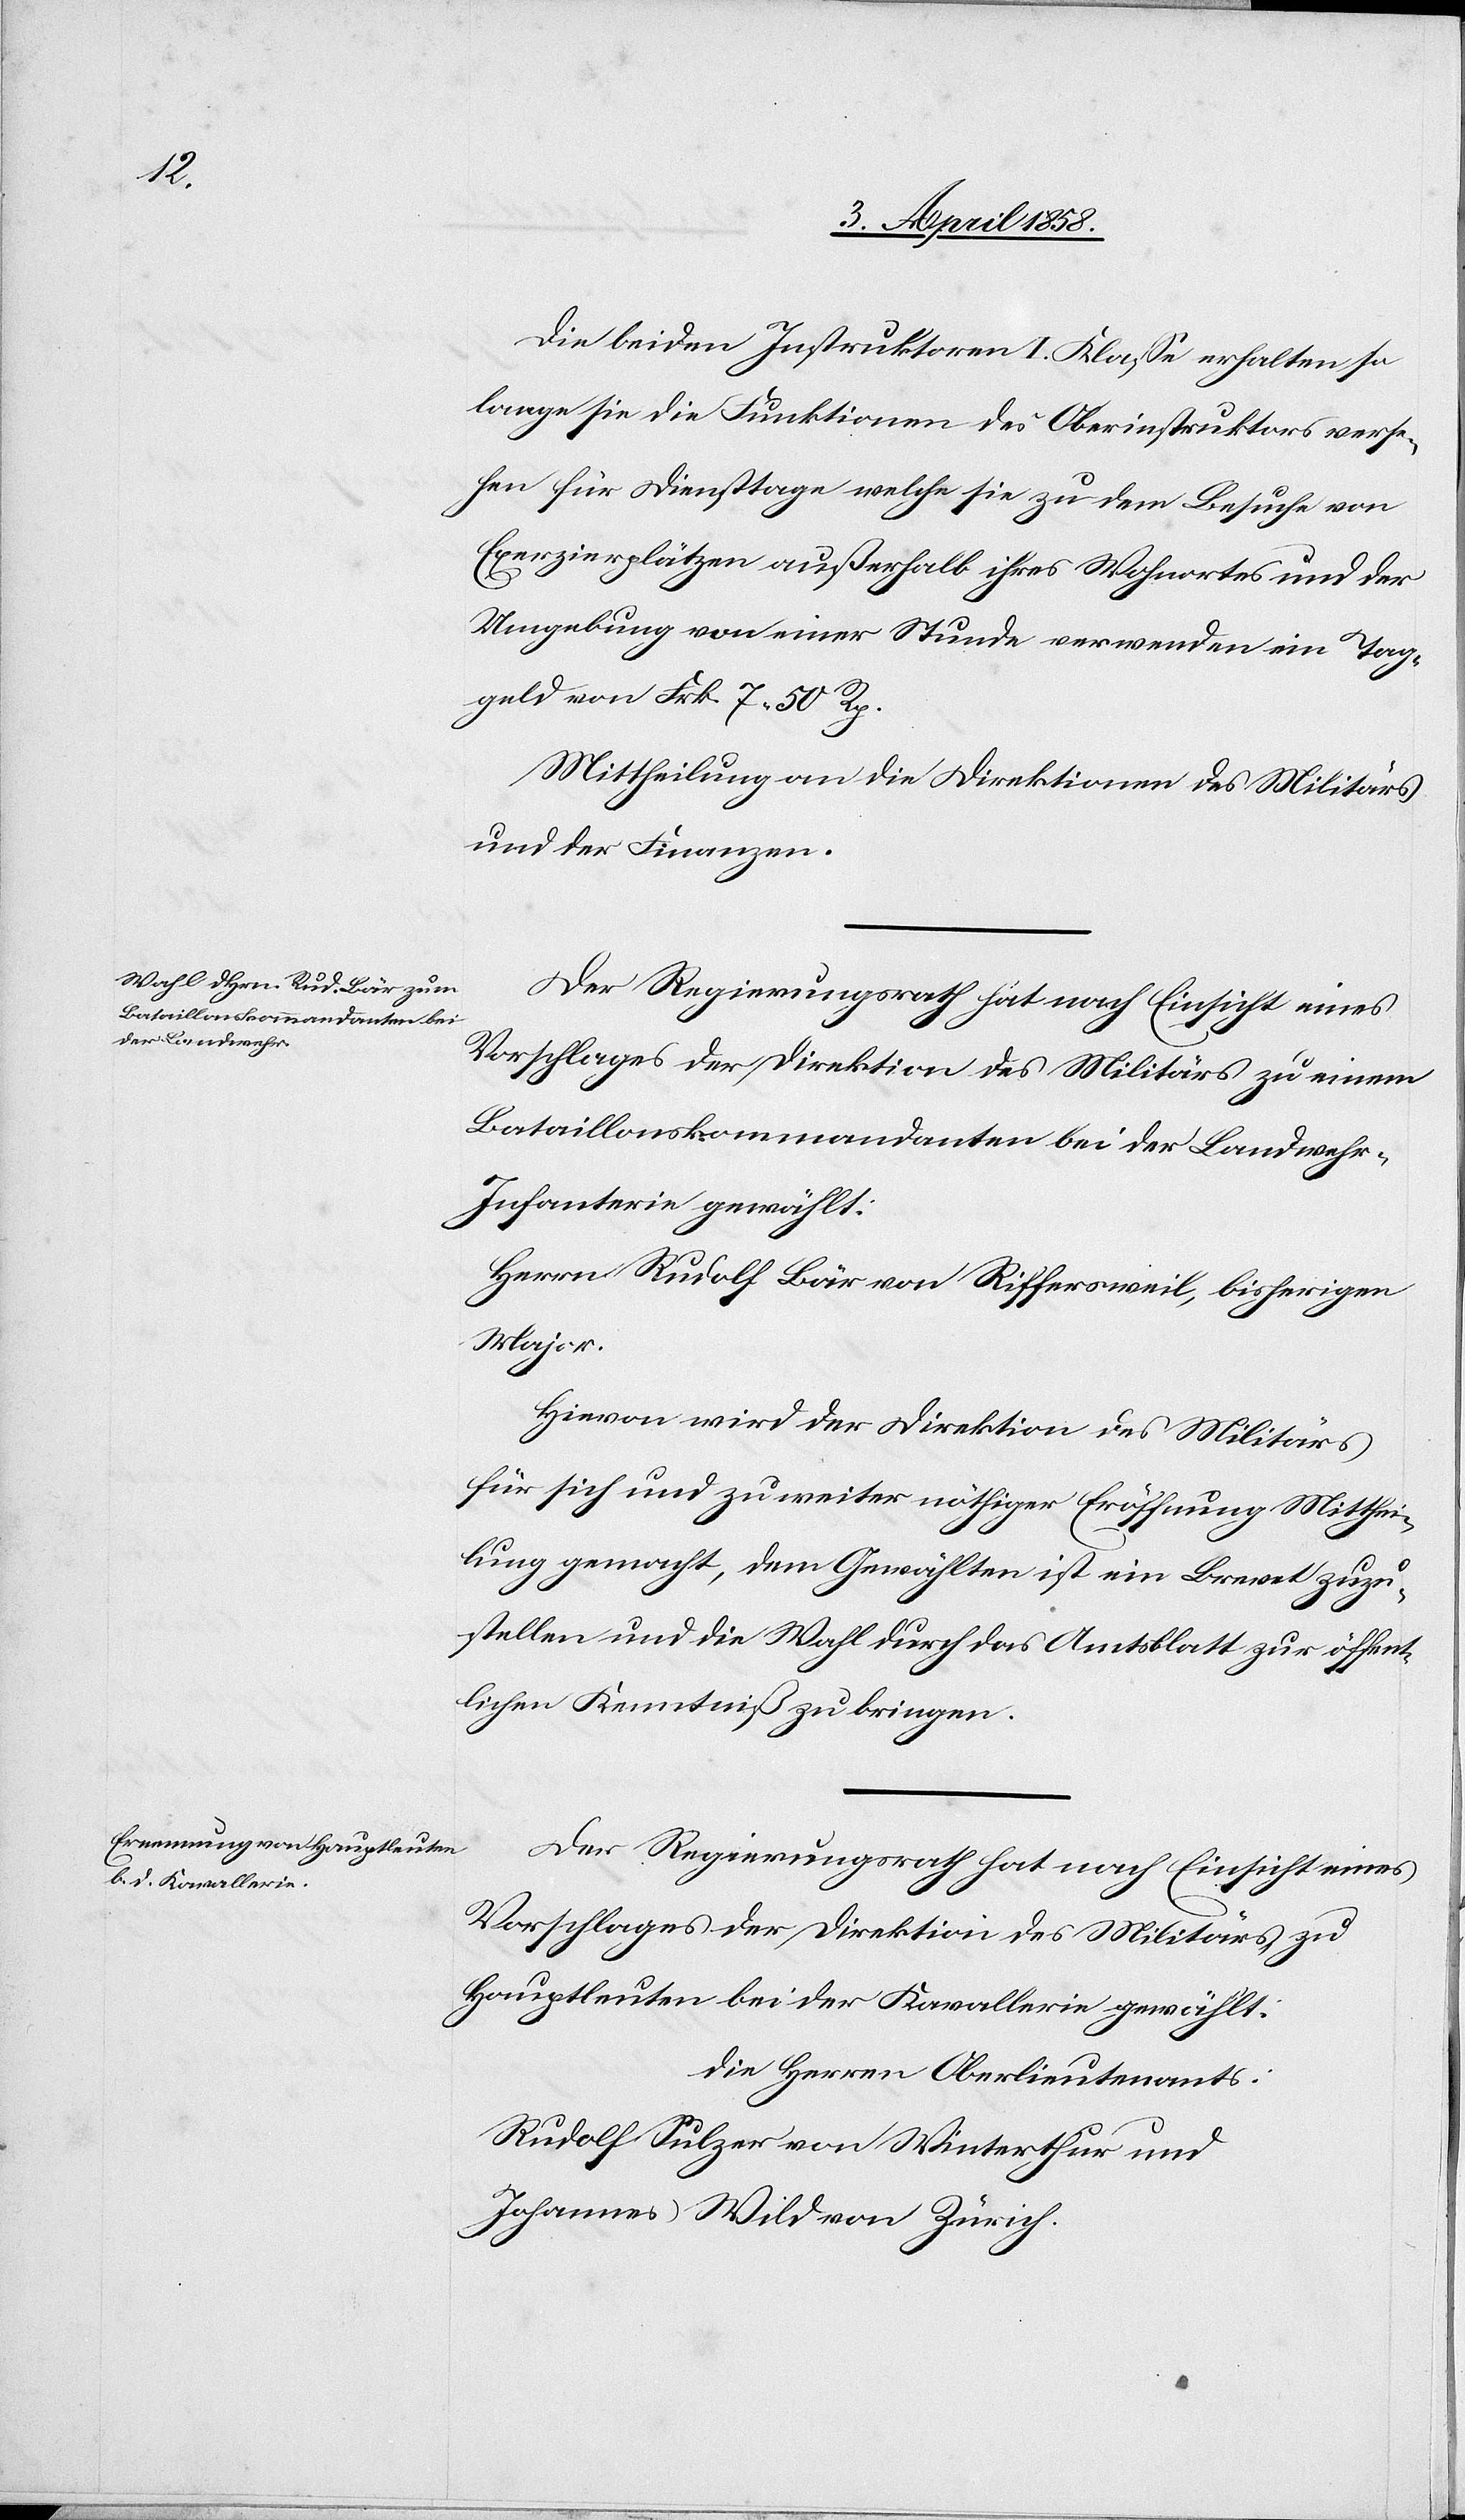
Die beiden Instruktoren I. Klasse erhalten so
lange sie die Funktionen des Oberinstruktors verse¬
hen für Diensttage welche sie zu dem Besuche von
Exerzierplätzen außerhalb ihres Wohnortes und der
Umgebung von einer Stunde verwenden ein Tag¬
geld von Frk. 7 50 Rp.
Mittheilung an die Direktionen des Militärs.
Der Regierungsrath hat nach Einsicht eines
Vorschlages der Direktion des Militärs zu einem
Bataillonskommandanten bei der Landweh¬
r-Infanterie gewählt:
Herrn Rudolf Bär von Riffersweil, bisherigen
Major.
Hievon wird der Direktion des Militärs
für sich und zu weiter nöthiger Eröffnung Mitthei¬
lung gemacht, dem Gewählten ist ein Brevet zuzu¬
stellen und die Wahl durch das Amtsblatt zur öffent¬
lichen Kenntniß zu bringen.
Der Regierungsrath hat nach Einsicht eines
Vorschlages der Direktion des Militärs zu
Hauptleuten bei der Kavallerie gewählt:
Die Herren Oberlieutenants:
Rudolf Sulzer von Winterthur und
Johannes Wild von Zürich.